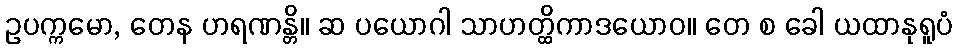
ဥပက္ကမော, တေန ဟရဏန္တိ။ ဆ ပယောဂါ သာဟတ္ထိကာဒယောဝ။ တေ စ ခေါ ယထာနုရူပံ